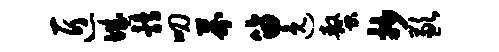
匠城鹑叨芥笛逸螯抄歉